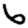
Digit: 6